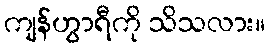
ကျန်ဟွာရီကို သိသလား။